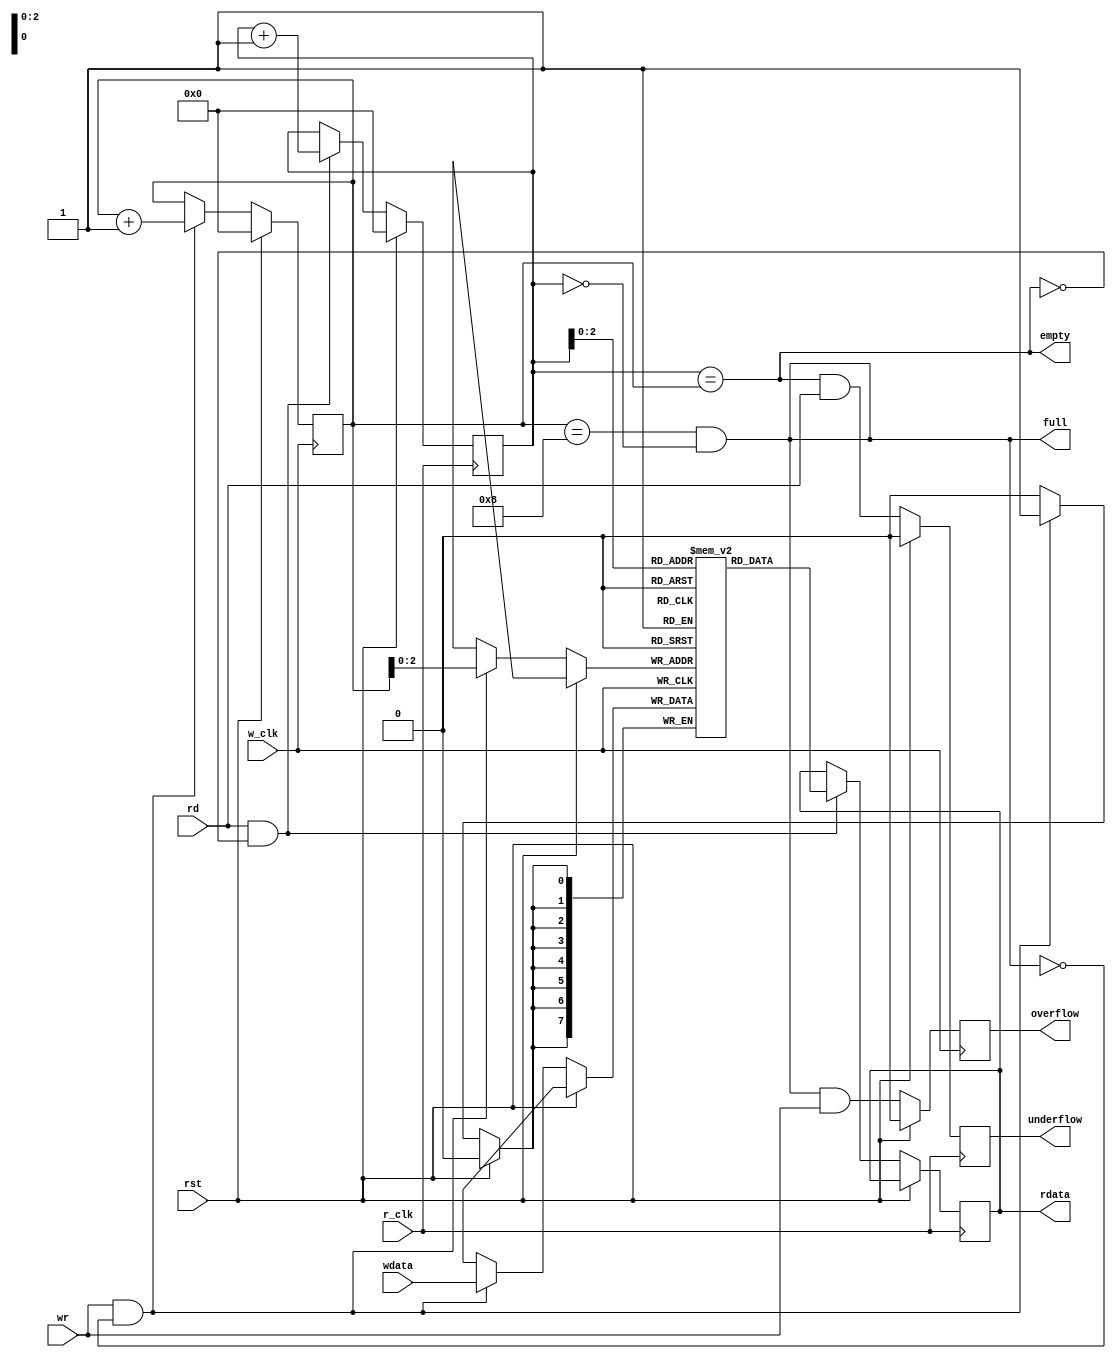
`timescale 1ns / 1ps

module async_fifo #(parameter fd = 8, fw = 8, add_size = 3)
(
    input w_clk,
    input r_clk,
    input rst,
    input wr,
    input rd,
    input [fw-1:0] wdata,
    output reg [fw-1:0] rdata,
    output full,
    output empty,
    output reg overflow,
    output reg underflow
);
    reg [add_size:0] wptr, rptr;
    wire [add_size:0] c_wptr, c_rptr; // Gray coded output
    reg [add_size:0] c_wptr_q1, c_wptr_q2, c_rptr_q1, c_rptr_q2;
    reg [fw-1:0] mem[fd-1:0];

    // Writing data into FIFO
    always @(posedge w_clk) 
    begin
        if (rst) 
            wptr <= 0;
        else 
        begin
            if (wr && !full) 
            begin
                mem[wptr[add_size-1:0]] <= wdata; // Only use the lower bits for indexing
                wptr <= (wptr + 1);
            end
        end
    end

    // Read operation
    always @(posedge r_clk) 
    begin
        if (rst)
            rptr <= 0; 
        else 
        begin
            if (rd && !empty) 
            begin
                rdata <= mem[rptr[add_size-1:0]]; // Only use the lower bits for indexing
                rptr <= (rptr + 1);
            end
        end
    end

    // Write and read binary to gray
    assign c_wptr = wptr ^ (wptr >> 1);
    assign c_rptr = rptr ^ (rptr >> 1);

    // Two stage sync for write pointer
    always @(posedge r_clk) begin
        if (rst) begin
            c_wptr_q1 <= 0;
            c_wptr_q2 <= 0;
        end else begin
            c_wptr_q1 <= c_wptr;
            c_wptr_q2 <= c_wptr_q1;
        end
    end

    // Two stage sync for read pointer
    always @(posedge w_clk) begin
        if (rst) begin
            c_rptr_q1 <= 0;
            c_rptr_q2 <= 0;
        end else begin
            c_rptr_q1 <= c_rptr;
            c_rptr_q2 <= c_rptr_q1;
        end
    end

    // Empty and full condition
    assign empty = (rptr == wptr);
//    assign full = (~{wptr[add_size], wptr[add_size-1], wptr[add_size-2], wptr[add_size-3]} == rptr);
assign full = (wptr == {1'b1, {add_size{1'b0}}}) && (rptr == 0);

    // Overflow and underflow conditions
    always @(posedge w_clk) begin
        if (rst) begin
            overflow <= 0;
        end else begin
            overflow <= (full && wr);
        end
    end

    always @(posedge r_clk) begin
        if (rst) begin
            underflow <= 0;
        end else begin
            underflow <= (empty && rd);
        end
    end

endmodule